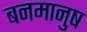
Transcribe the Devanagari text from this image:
बनमानुष